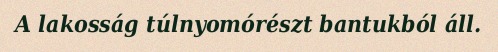
A lakosság túlnyomórészt bantukból áll.